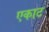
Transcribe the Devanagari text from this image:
एकाट